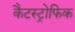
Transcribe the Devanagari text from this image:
कैटस्ट्रोफिक